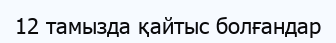
12 тамызда қайтыс болғандар